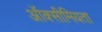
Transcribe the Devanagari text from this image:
ऑक्सीमियता